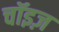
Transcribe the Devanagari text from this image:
चॉइज़